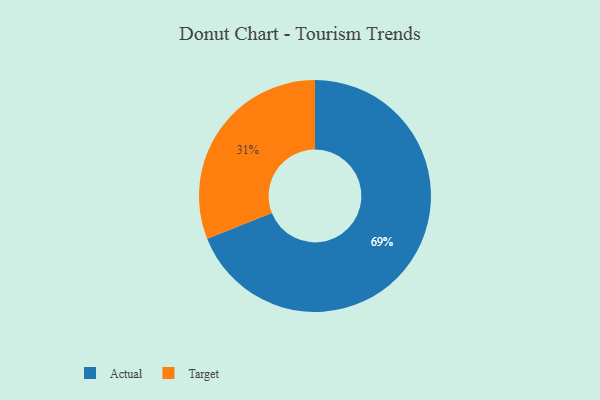
{"axis": {"x": "Category", "y": "Percentage"}, "legend": ["Actual", "Target"], "data": [{"x": "Actual", "y": 69, "type": "Actual"}, {"x": "Target", "y": 31, "type": "Target"}]}